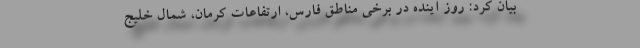
بیان کرد: روز آینده در برخی مناطق فارس، ارتفاعات کرمان، شمال خلیج